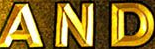
AND